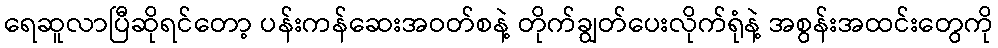
ရေဆူလာပြီဆိုရင်တော့ ပန်းကန်ဆေးအဝတ်စနဲ့ တိုက်ချွတ်ပေးလိုက်ရုံနဲ့ အစွန်းအထင်းတွေကို